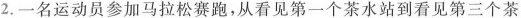
2.一名运动员参加马拉松赛跑，从看见第一个茶水站到看见第三个茶